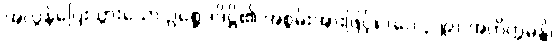
အလွန်ပြေးသွားသော ဥစ္ဆေဒဒိဋ္ဌိ၏ အစွမ်းအားဖြင့်။ (ပေ ၃၂၉) အတိက္ကမန္တိ၊